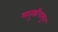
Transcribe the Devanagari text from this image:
मातुश्रींपासून